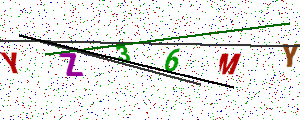
Text: YZ36MY